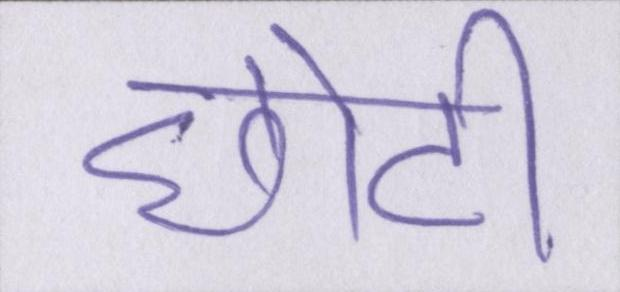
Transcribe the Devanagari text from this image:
छोटी